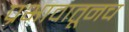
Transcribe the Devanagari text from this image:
प्रभावातूनच